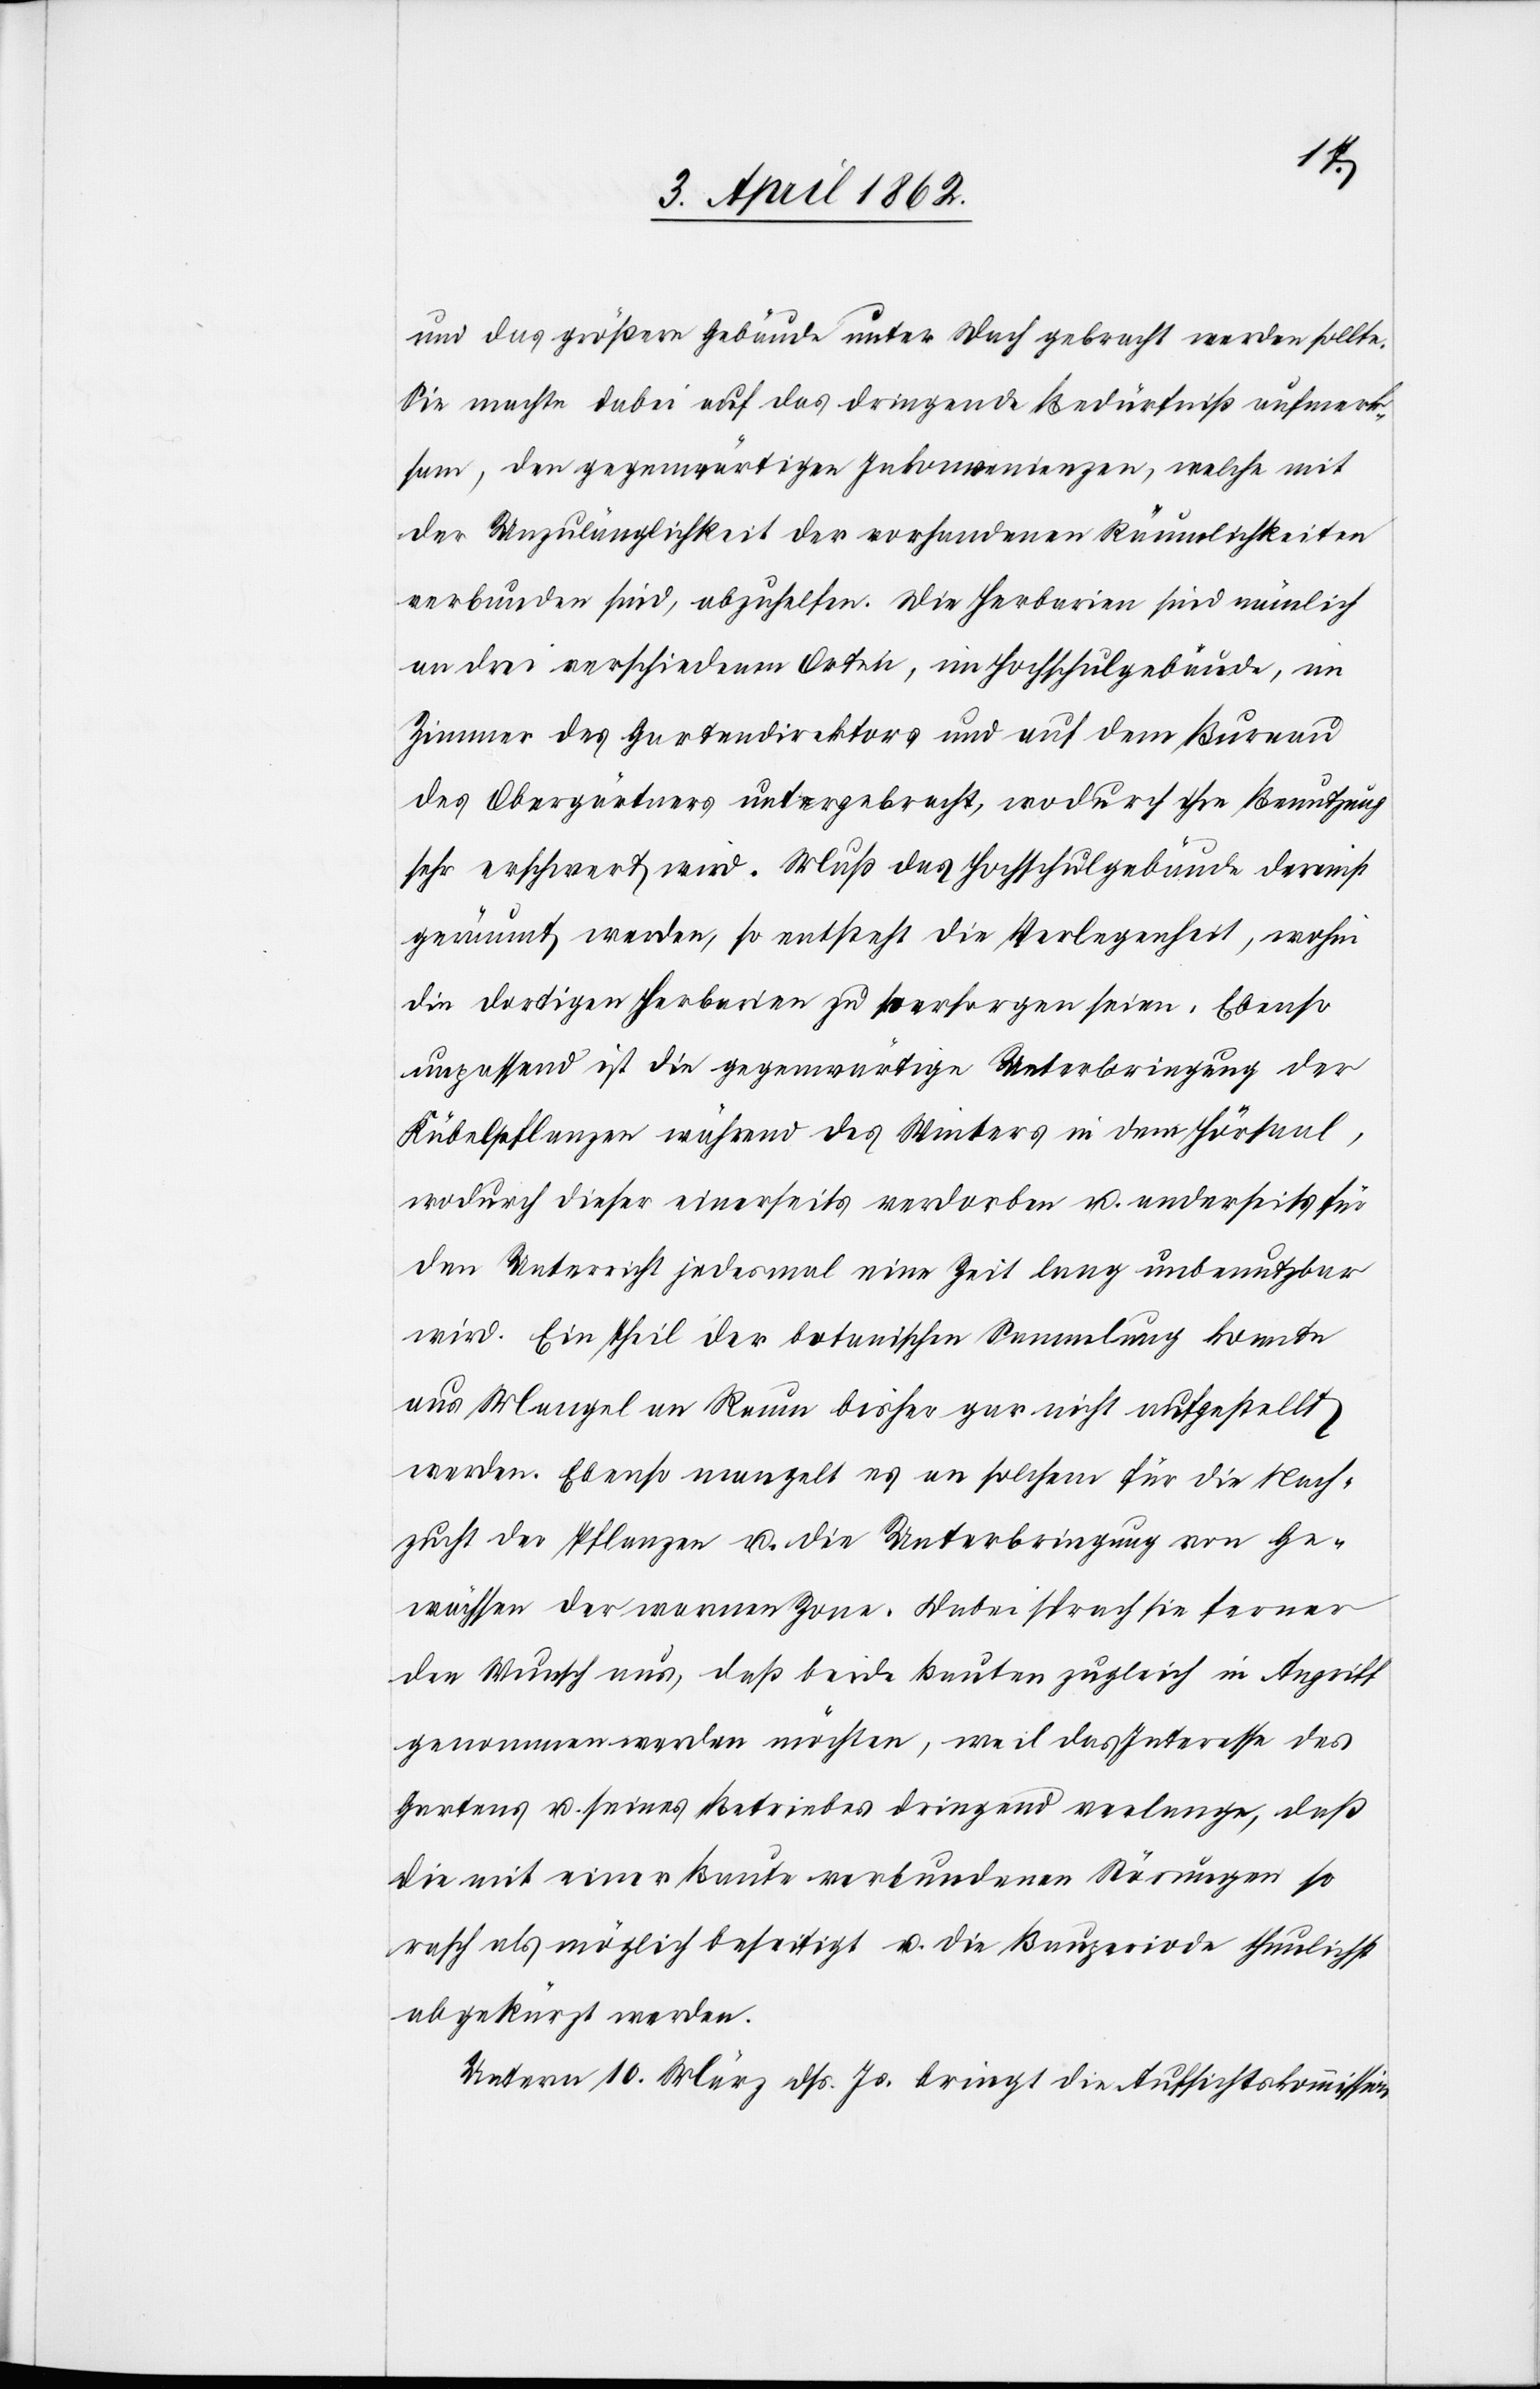
und das Gebäude unter Dach gebracht werden sollte.
Sie machte dabei auf das dringende Bedürfniß aufmerk¬
sam, den gegenwärtigen Inkonvenienzen, welche mit
der Unzulänglichkeit der vorhandenen Räumlichkeiten
verbunden sind, abzuhelfen. Die Herbarien sind nämlich
an drei verschiedenen Orten, im Hochschulgebäude, im
Zimmer des Gartendirektors und auf dem Bureau
des Obergärtners untergebracht, wodurch ihre Benutzung
sehr erschwert wird. Muß das Hochschulgebäude dereinst
geräumt werden, entsteht die Verlegenheit, wohin
die dortigen Herbarien zu versorgen seien. Ebenso
unpassend ist die gegenwärtige Unterbringung der
Kübelpflanzen während des Winters in dem Hörsaal,
wodurch dieser einerseits verdorben u. anderseits für
den Unterricht jedesmal eine Zeit lang unbenutzbar
wird. Ein Theil der botanischen Sammlung konnte
aus Mangel an Raum bisher gar nicht aufgestellt
werden. Ebenso mangelt es an solchem für die Nach¬
zucht der Pflanzen u. die Unterbringung von Ge¬
wächsen der wonnen Zone. Dabei sprach sie ferner
den Wunsch aus, daß beide Bauten zugleich in Angriff
genommen werden möchten, weil das Interesse des
Gartens u. seines Betriebes dringend verlange, daß
die mit einer Baute verbundenen Störungen so
rasch als möglich beseitigt u. die Bauperiode thunlichst
abgekürzt werde.
Unterm 10. März dß. Js. bringt die Aufsichtskommission